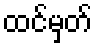
ထင်မှတ်